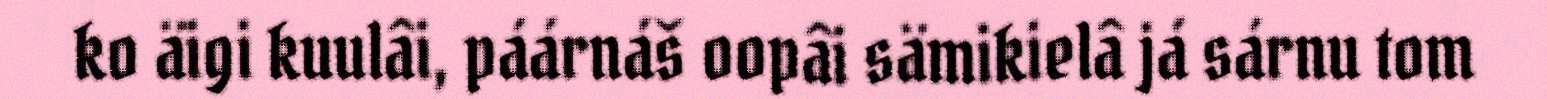
ko äigi kuulâi, páárnáš oopâi sämikielâ já sárnu tom